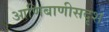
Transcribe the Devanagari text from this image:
आणिबाणीसदृश